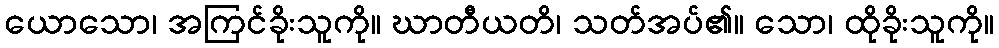
ယောသော၊ အကြင်ခိုးသူကို။ ဃာတီယတိ၊ သတ်အပ်၏။ သော၊ ထိုခိုးသူကို။